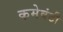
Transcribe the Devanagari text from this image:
कमेवंटी